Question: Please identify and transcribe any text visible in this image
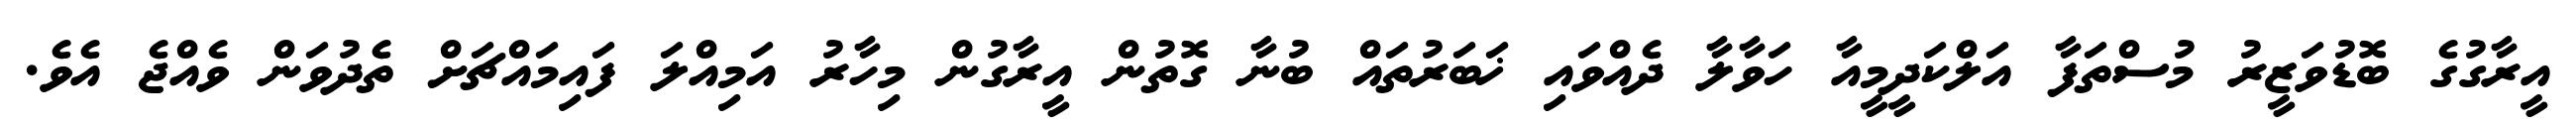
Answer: އީރާގުގެ ބޮޑުވަޒީރު މުސްތަފާ އަލްކަދީމީއާ ހަވާލާ ދެއްވައި ޚަބަރުތައް ބުނާ ގޮތުން އީރާގުން މިހާރު އަމިއްލަ ފައިމައްޗަށް ތެދުވަން ވެއްޖެ އެވެ.